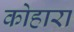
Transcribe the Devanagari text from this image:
कोहारा